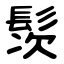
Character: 䯸